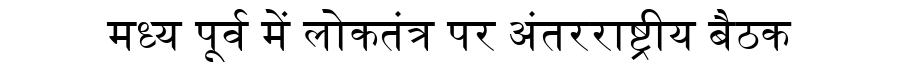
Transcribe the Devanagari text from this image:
मध्य पूर्व में लोकतंत्र पर अंतरराष्ट्रीय बैठक